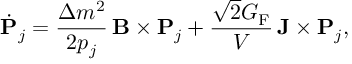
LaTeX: \dot { \bf P } _ { j } = \frac { \Delta m ^ { 2 } } { 2 p _ { j } } \, { \bf B } \times { \bf P } _ { j } + \frac { \sqrt 2 G _ { \mathrm { F } } } { { \cal V } } \, { \bf J } \times { \bf P } _ { j } ,